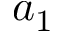
a _ { 1 }